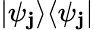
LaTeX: \textstyle|\psi_{\mathbf{j}}\rangle\langle\psi_{\mathbf{j}}|